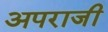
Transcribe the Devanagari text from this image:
अपराजी